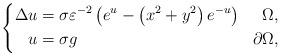
LaTeX: \begin{align*}\left\{\begin{aligned}\Delta u &=\sigma\varepsilon^{-2}\left(e^{u}-\left(x^{2}+y^{2}\right) e^{-u}\right) & \Omega,\\u&=\sigma g & \partial \Omega,\end{aligned}\right.\end{align*}